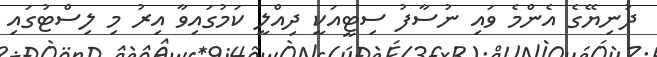
ދުނިޔޭގެ އެންމެ ވައި ނުސާފު ސިޓީއަކީ ދިއްލީ ކަމުގައިވާ އިރު މި ލިސްޓުގައި